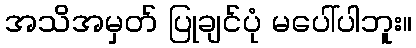
အသိအမှတ် ပြုချင်ပုံ မပေါ်ပါဘူး။